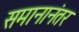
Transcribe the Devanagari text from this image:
समानानंतर